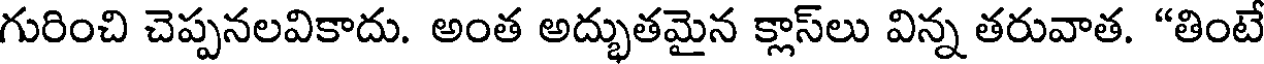
గురించి చెప్పనలవికాదు. అంత అద్భుతమైన క్లాస్లు విన్న తరువాత. "తింటే